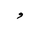
Letter: _waw